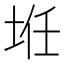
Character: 𱖤